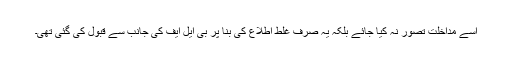
اِسے مداخلت تصور نہ کیا جائے بلکہ یہ صرف غلط اطلاع کی بنا پر بی ایل ایف کی جانب سے قبول کی گئی تھی۔